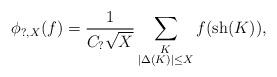
LaTeX: \begin{align*}\phi_{?,X}(f)=\frac{1}{C_?\sqrt{X}}\sum_{\substack{K\\ |\Delta(K)|\leq X}}f(\operatorname{sh}(K)),\end{align*}